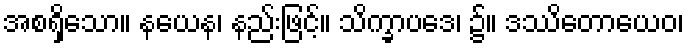
အစရှိသော။ နယေန၊ နည်းဖြင့်။ သိက္ခာပဒေ၊ ၌။ ဒဿိတောယေဝ၊